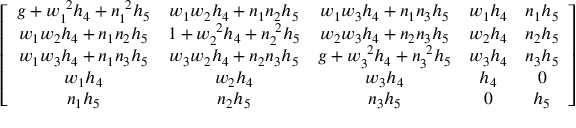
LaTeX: \left[ \begin{array} { c c c c c } { { g + w _ { 1 } ^ { \ 2 } h _ { 4 } + n _ { 1 } ^ { \ 2 } h _ { 5 } } } & { { w _ { 1 } w _ { 2 } h _ { 4 } + n _ { 1 } n _ { 2 } h _ { 5 } } } & { { w _ { 1 } w _ { 3 } h _ { 4 } + n _ { 1 } n _ { 3 } h _ { 5 } } } & { { w _ { 1 } h _ { 4 } } } & { { n _ { 1 } h _ { 5 } } } \\ { { w _ { 1 } w _ { 2 } h _ { 4 } + n _ { 1 } n _ { 2 } h _ { 5 } } } & { { 1 + w _ { 2 } ^ { \ 2 } h _ { 4 } + n _ { 2 } ^ { \ 2 } h _ { 5 } } } & { { w _ { 2 } w _ { 3 } h _ { 4 } + n _ { 2 } n _ { 3 } h _ { 5 } } } & { { w _ { 2 } h _ { 4 } } } & { { n _ { 2 } h _ { 5 } } } \\ { { w _ { 1 } w _ { 3 } h _ { 4 } + n _ { 1 } n _ { 3 } h _ { 5 } } } & { { w _ { 3 } w _ { 2 } h _ { 4 } + n _ { 2 } n _ { 3 } h _ { 5 } } } & { { g + w _ { 3 } ^ { \ 2 } h _ { 4 } + n _ { 3 } ^ { \ 2 } h _ { 5 } } } & { { w _ { 3 } h _ { 4 } } } & { { n _ { 3 } h _ { 5 } } } \\ { { w _ { 1 } h _ { 4 } } } & { { w _ { 2 } h _ { 4 } } } & { { w _ { 3 } h _ { 4 } } } & { { h _ { 4 } } } & { { 0 } } \\ { { n _ { 1 } h _ { 5 } } } & { { n _ { 2 } h _ { 5 } } } & { { n _ { 3 } h _ { 5 } } } & { { 0 } } & { { h _ { 5 } } } \end{array} \right]